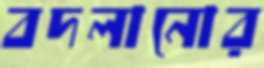
বদলানোর